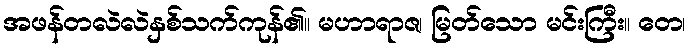
အဖန်တလဲလဲနှစ်သက်ကုန်၏။ မဟာရာဇ၊ မြတ်သော မင်းကြီး။ တေ၊